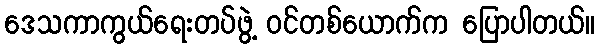
ဒေသကာကွယ်ရေးတပ်ဖွဲ့ ဝင်တစ်ယောက်က ပြောပါတယ်။